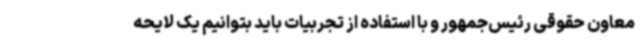
معاون حقوقی رئیس‌جمهور و با استفاده از تجربیات باید بتوانیم یک لایحه